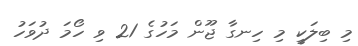
މި ބިލަކީ މި ހިނގާ ޖޫން މަހުގެ 21 ވި ހޯމަ ދުވަހު